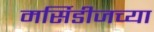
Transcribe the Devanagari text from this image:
मर्सिडीजच्या